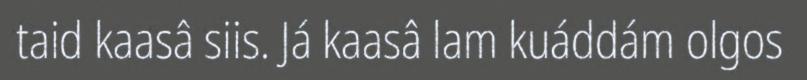
taid kaasâ siis. Já kaasâ lam kuáddám olgos